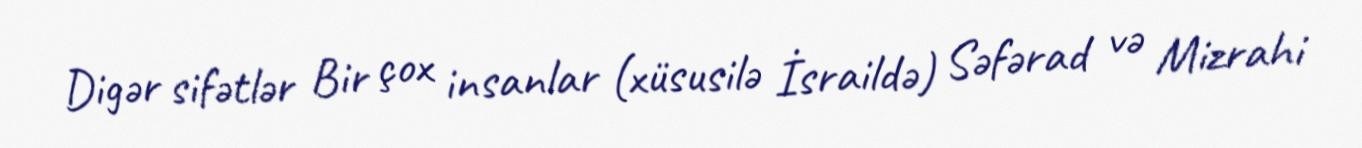
Digər sifətlər Bir çox insanlar (xüsusilə İsraildə) Səfərad və Mizrahi